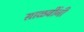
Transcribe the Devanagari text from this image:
साळवींनी